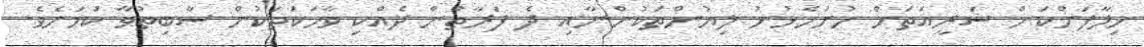
ޚިލާފަށްކަން ޝަރީއަތަށް ހުށަހެޅުނު ލިޔުންތަކުންނާއި ދެ ފަރާތުން ދެއްކި ވާހަކަތަކުން ސާބިތުވާ ކަމަށެވެ.